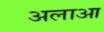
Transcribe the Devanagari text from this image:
अलाआ